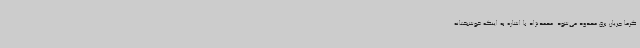
گرما جریان برق محدود می‌شود. محمدنژاد با اشاره به اینکه خوشبختانه